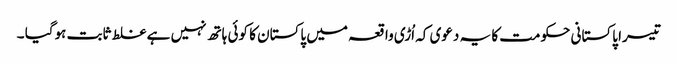
تیسرا پاکستانی حکومت کا یہ دعوی کہ اُڑی واقعہ میں پاکستان کا کوئی ہاتھ نہیں ہے غلط ثابت ہوگیا ۔